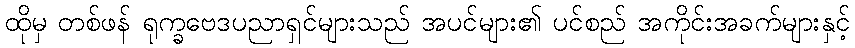
ထိုမှ တစ်ဖန် ရုက္ခဗေဒပညာရှင်များသည် အပင်များ၏ ပင်စည် အကိုင်းအခက်များနှင့်